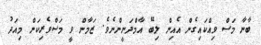
ބާނާ މަސް ވިއްކައިގެން އެއިން ލިބޭ އާމްދަނީންނެވެ. ޒަމާން ވީ މަސްވެރިކަން މިއަދު